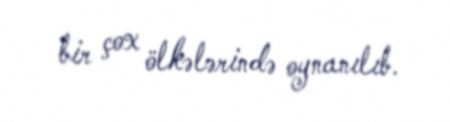
bir çox ölkələrində oynanılıb.